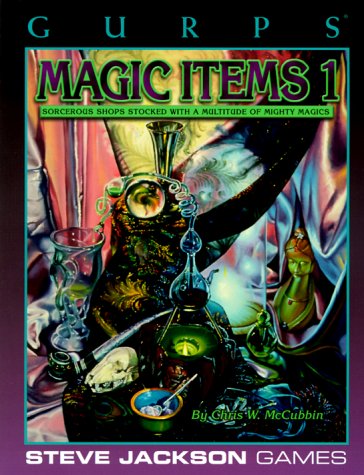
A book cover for GURPS Magic Items 1; Chris McCubbin; Science Fiction & Fantasy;